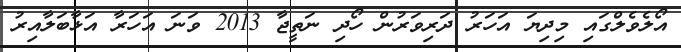
އޯލެވެލްގައި މިދިޔަ އަހަރު ދަރިވަރުން ހޯދި ނަތީޖާ 2013 ވަަނަ އަހަރާ އަޅާބަލާއިރު